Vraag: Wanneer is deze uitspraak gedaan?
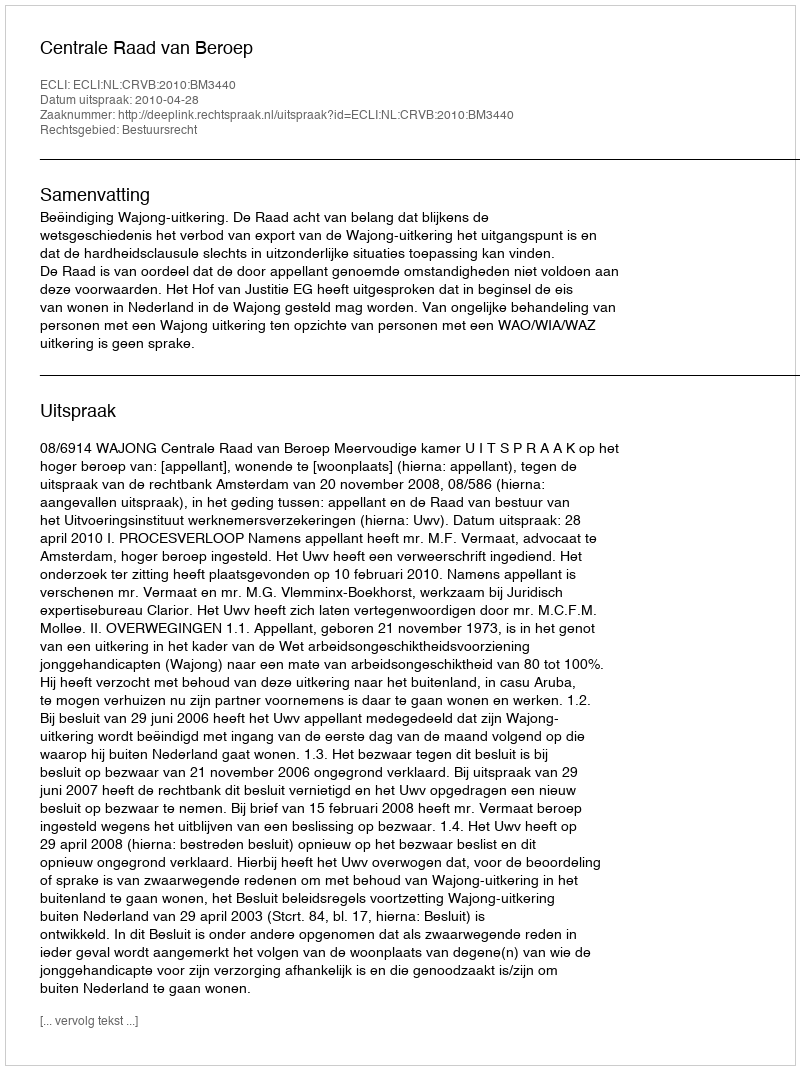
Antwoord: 2010-04-28